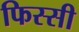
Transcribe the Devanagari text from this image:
फिस्सी